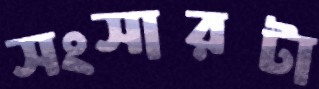
সংসারটা